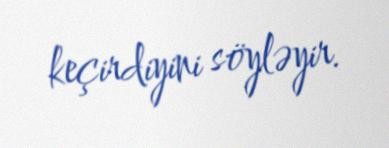
keçirdiyini söyləyir.